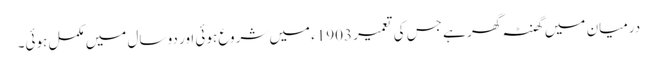
درمیان میں گھنٹہ گھر ہے جس کی تعمیر 1903ء میں شروع ہوئی اور دو سال میں مکمل ہوئی۔